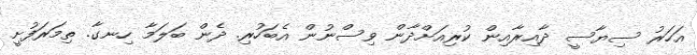
އަހަރު ސިޔާސީ ދާއިރާއިން ކުރިއަށްދާން ވިސްނުން އެބަހުރި. ދެން ބަލަމާ ހިނގާ. ތިމަރަފުށީ